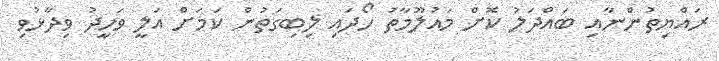
ރައްޔިތުންނާއި ބައްދަލު ކޮށް މައުލޫމާތު ހޯދައި ލިބިގަތުން ކަމަށް އަލީ ވަހީދު ވިދާޅުވި